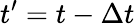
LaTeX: t^{\prime}=t-\Delta t